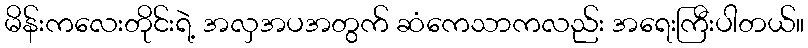
မိန်းကလေးတိုင်းရဲ့ အလှအပအတွက် ဆံကေသာကလည်း အရေးကြီးပါတယ်။